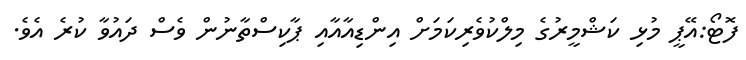
ފޮޓޯ:އޭޕީ މުޅި ކަޝްމީރުގެ މިލްކުވެރިކަމަށް އިންޑިއާއާއި ޕާކިސްތާނުން ވެސް ދައުވާ ކުރެ އެވެ.